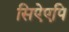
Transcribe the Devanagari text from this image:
सिऐएपि